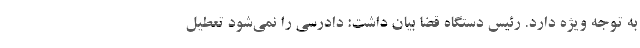
به توجه ویژه دارد. رئیس دستگاه قضا بیان داشت: دادرسی را نمی‌شود تعطیل